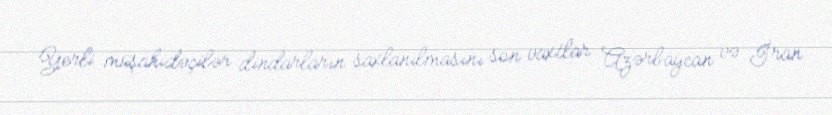
Yerli müşahidəçilər dindarların saxlanılmasını son vaxtlar Azərbaycan və İran